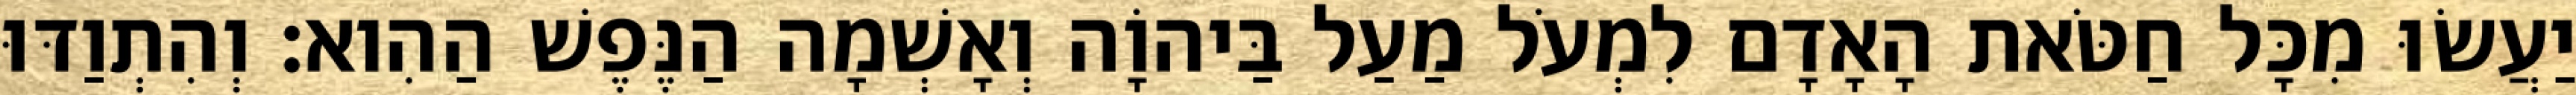
יַעֲשׂוּ מִכָּל חַטֹּאת הָאָדָם לִמְעֹל מַעַל בַּיהוָֹה וְאָשְׁמָה הַנֶּפֶשׁ הַהִוא׃ וְהִתְוַדּוּ